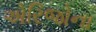
એરિજોના